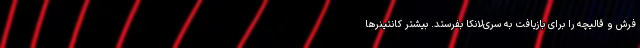
فرش و قالیچه را برای بازیافت به سری‌لانکا بفرستد. بیشتر کانتینرها